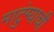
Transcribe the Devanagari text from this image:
माटुंग्याची